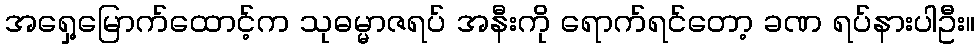
အရှေ့မြောက်ထောင့်က သုဓမ္မာဇရပ် အနီးကို ရောက်ရင်တော့ ခဏ ရပ်နားပါဦး။